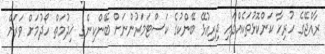
ރާއްޖޭގެ ހުރިހާ ކަންކޮޅުތަކެއްގައި ދިރިއުޅޭ ބޭންކުގެ ކަސްޓަމަރުންނަށް ބޭންކިންގ ޚިދުމަތް ހޯދުމަށް ވަރަށް